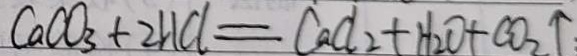
C a C O _ { 3 } + 2 H C l = C a C l _ { 2 } + H _ { 2 } O + C O _ { 2 } \uparrow